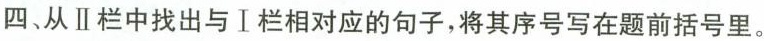
四、从Ⅱ栏中找出与I栏相对应的句子,将其序号写在题前括号里.。